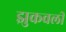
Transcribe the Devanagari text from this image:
झुकवली